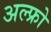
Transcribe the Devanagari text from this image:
अल्फ्रो